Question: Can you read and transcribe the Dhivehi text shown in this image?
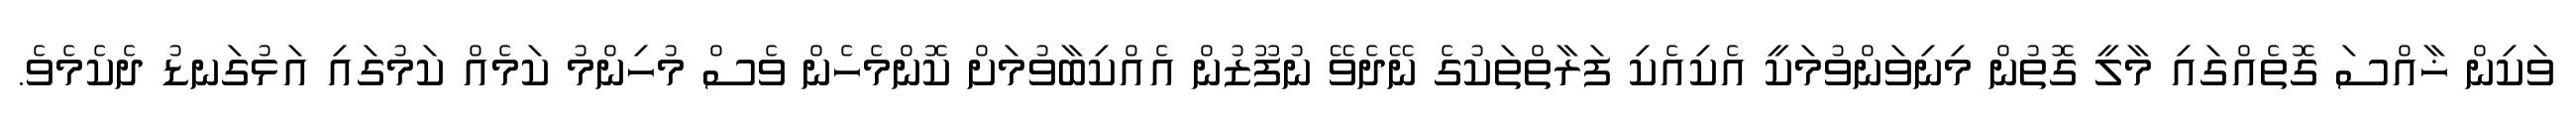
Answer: ވަކިން ޚާއްސަ ގޮތެއްގައި މާލީ ގޮތުން މިނިވަންވުމަކީ އެކިއެކި ފަރާތްތަކުގެ ނޭދެވޭ ނުފޫޒުން އެއްކިބާވުމަށް ކޮންމެހެން ވެސް މުހިންމު ކަމެއް ކަމުގައި އަޅުގަނޑު ދެކެމެވެ.